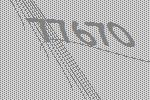
77670